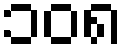
၁၀၈